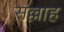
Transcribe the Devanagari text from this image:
सल्लाह